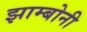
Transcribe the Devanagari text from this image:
झाम्बोनी